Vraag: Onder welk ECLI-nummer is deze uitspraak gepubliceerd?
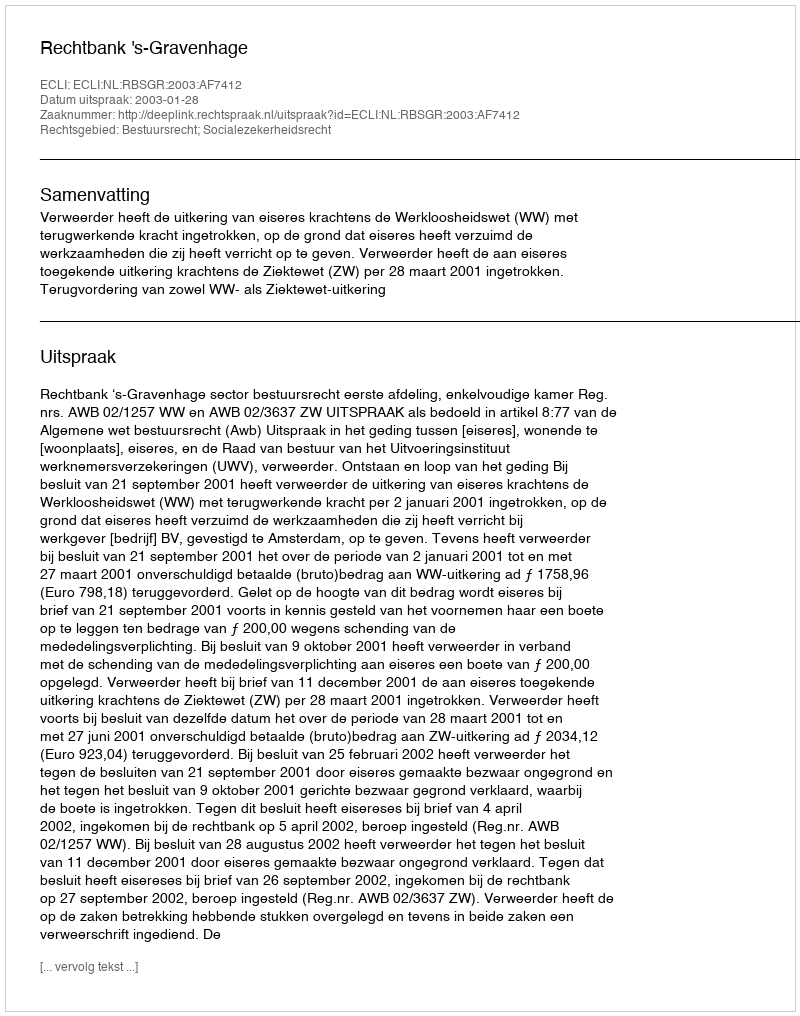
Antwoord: ECLI:NL:RBSGR:2003:AF7412